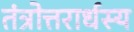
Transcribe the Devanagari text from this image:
तंत्रोत्तरार्धस्य